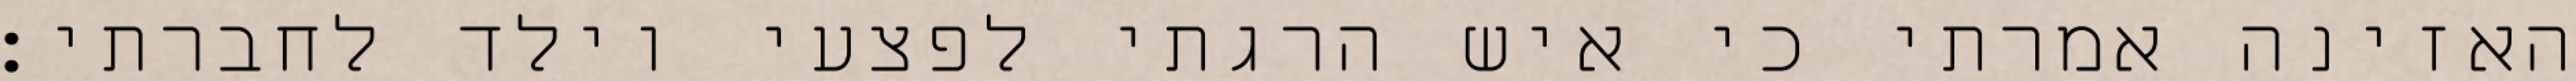
האזינה אמרתי כי איש הרגתי לפצעי וילד לחברתי׃